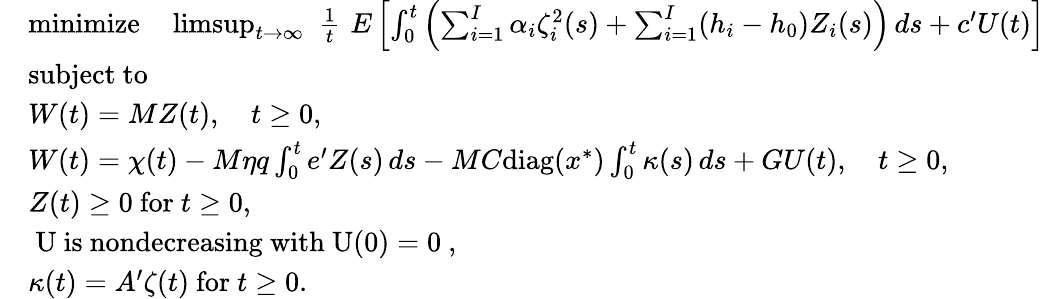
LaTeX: \begin{array}{rl}&{\mathrm{minimize}\quad\operatorname*{limsup}_{t\rightarrow\infty}\, \, \frac{1}{t}\, \, E\left[\int_{0}^{t}\left(\sum_{i=1}^{I}\alpha_{i}\zeta_{i}^{2}(s)+\sum_{i=1}^{I}(h_{i}-h_{0})Z_{i}(s)\right)\, ds+c^{\prime}U(t)\right]}\\ &{\mathrm{subject~to}}\\ &{W(t)=MZ(t),\quad t\ge 0,}\\ &{W(t)=\chi(t)-M\eta q\int_{0}^{t}e^{\prime}Z(s)\, ds-MC\mathrm{diag}(x^{*})\int_{0}^{t}\kappa(s)\, ds+GU(t),\quad t\ge 0,}\\ &{Z(t)\ge 0\mathrm{~for~}t\ge 0,}\\ &{\mathrm{~U~is~nondecreasing~with~U(0)=0~},}\\ &{\kappa(t)=A^{\prime}\zeta(t)\mathrm{~for~}t\ge 0.}\end{array}